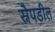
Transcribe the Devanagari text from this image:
स्नैपडील